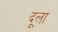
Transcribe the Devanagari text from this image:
दूला